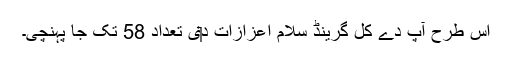
اس طرح آپ دے کل گرینڈ سلام اعزازات د‏‏ی تعداد 58 تک جا پہنچی۔